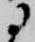
に